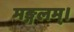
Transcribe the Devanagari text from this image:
मङ्गलम्।